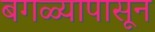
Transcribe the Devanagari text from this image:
बगळ्यापासून